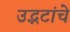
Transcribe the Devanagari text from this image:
उद्भटांचे